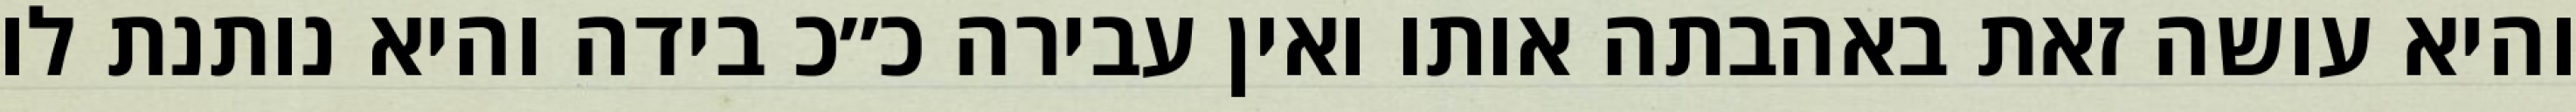
והיא עושה זאת באהבתה אותו ואין עבירה כ״כ בידה והיא נותנת לו